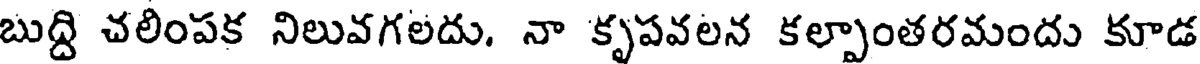
బుద్ది చలింపక నిలువగలదు. నా కృపవలన కల్పాంతరమందు కూడ